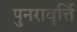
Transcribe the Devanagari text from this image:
पुनरावृर्त्ति